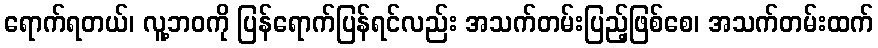
ရောက်ရတယ်၊ လူ့ဘဝကို ပြန်ရောက်ပြန်ရင်လည်း အသက်တမ်းပြည့်ဖြစ်စေ၊ အသက်တမ်းထက်